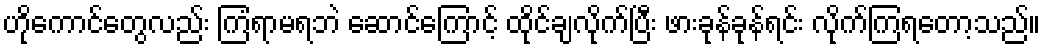
ဟိုကောင်တွေလည်း ကြံရာမရဘဲ ဆောင်ကြောင့် ထိုင်ချလိုက်ပြီး ဖားခုန်ခုန်ရင်း လိုက်ကြရတော့သည်။